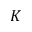
K